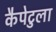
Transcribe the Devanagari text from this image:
कैपेटुला